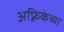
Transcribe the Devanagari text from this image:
अफ़्रिकेच्या